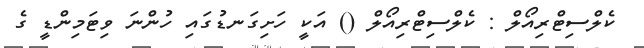
ކެލްސިޓްރިއޯލް : ކެލްސިޓްރިއޯލް () އަކީ ހަށިގަނޑުގައި ހުންނަ ވިޓަމިންޑީ ގެ